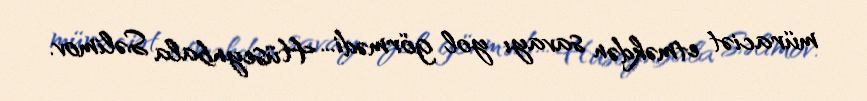
müraciət etməkdən savayı yol görmədi... Hüseynbala Səlimov.